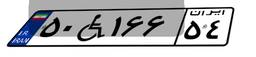
۳۹W۱۳۹۸۵